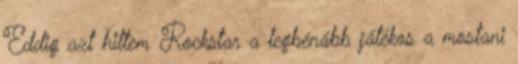
Eddig azt hittem Rockstar a legbénább játékos a mostani